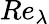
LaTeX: Re_{\lambda}